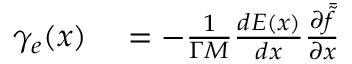
\begin{array} { r l } { \gamma _ { e } ( x ) } & { { } = - \frac { 1 } { \Gamma M } \frac { d E ( x ) } { d x } \frac { \partial \bar { \tilde { f } } } { \partial x } } \end{array}